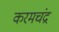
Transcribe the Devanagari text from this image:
करमचंद्र